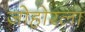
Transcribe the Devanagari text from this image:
जोहोरला